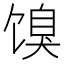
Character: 𬳌